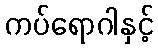
ကပ်ရောဂါနှင့်